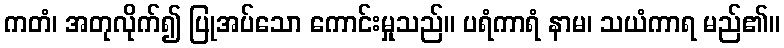
ကတံ၊ အတုလိုက်၍ ပြုအပ်သော ကောင်းမှုသည်။ ပရံကာရံ နာမ၊ သယံကာရ မည်၏။